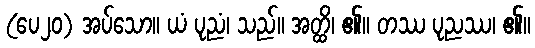
(ပေ၂၀) အပ်သော။ ယံ ပုညံ၊ သည်။ အတ္ထိ၊ ၏။ တဿ ပုညဿ၊ ၏။